Maemoisa_(Sinalepa)_vallavalitsus, lk 50
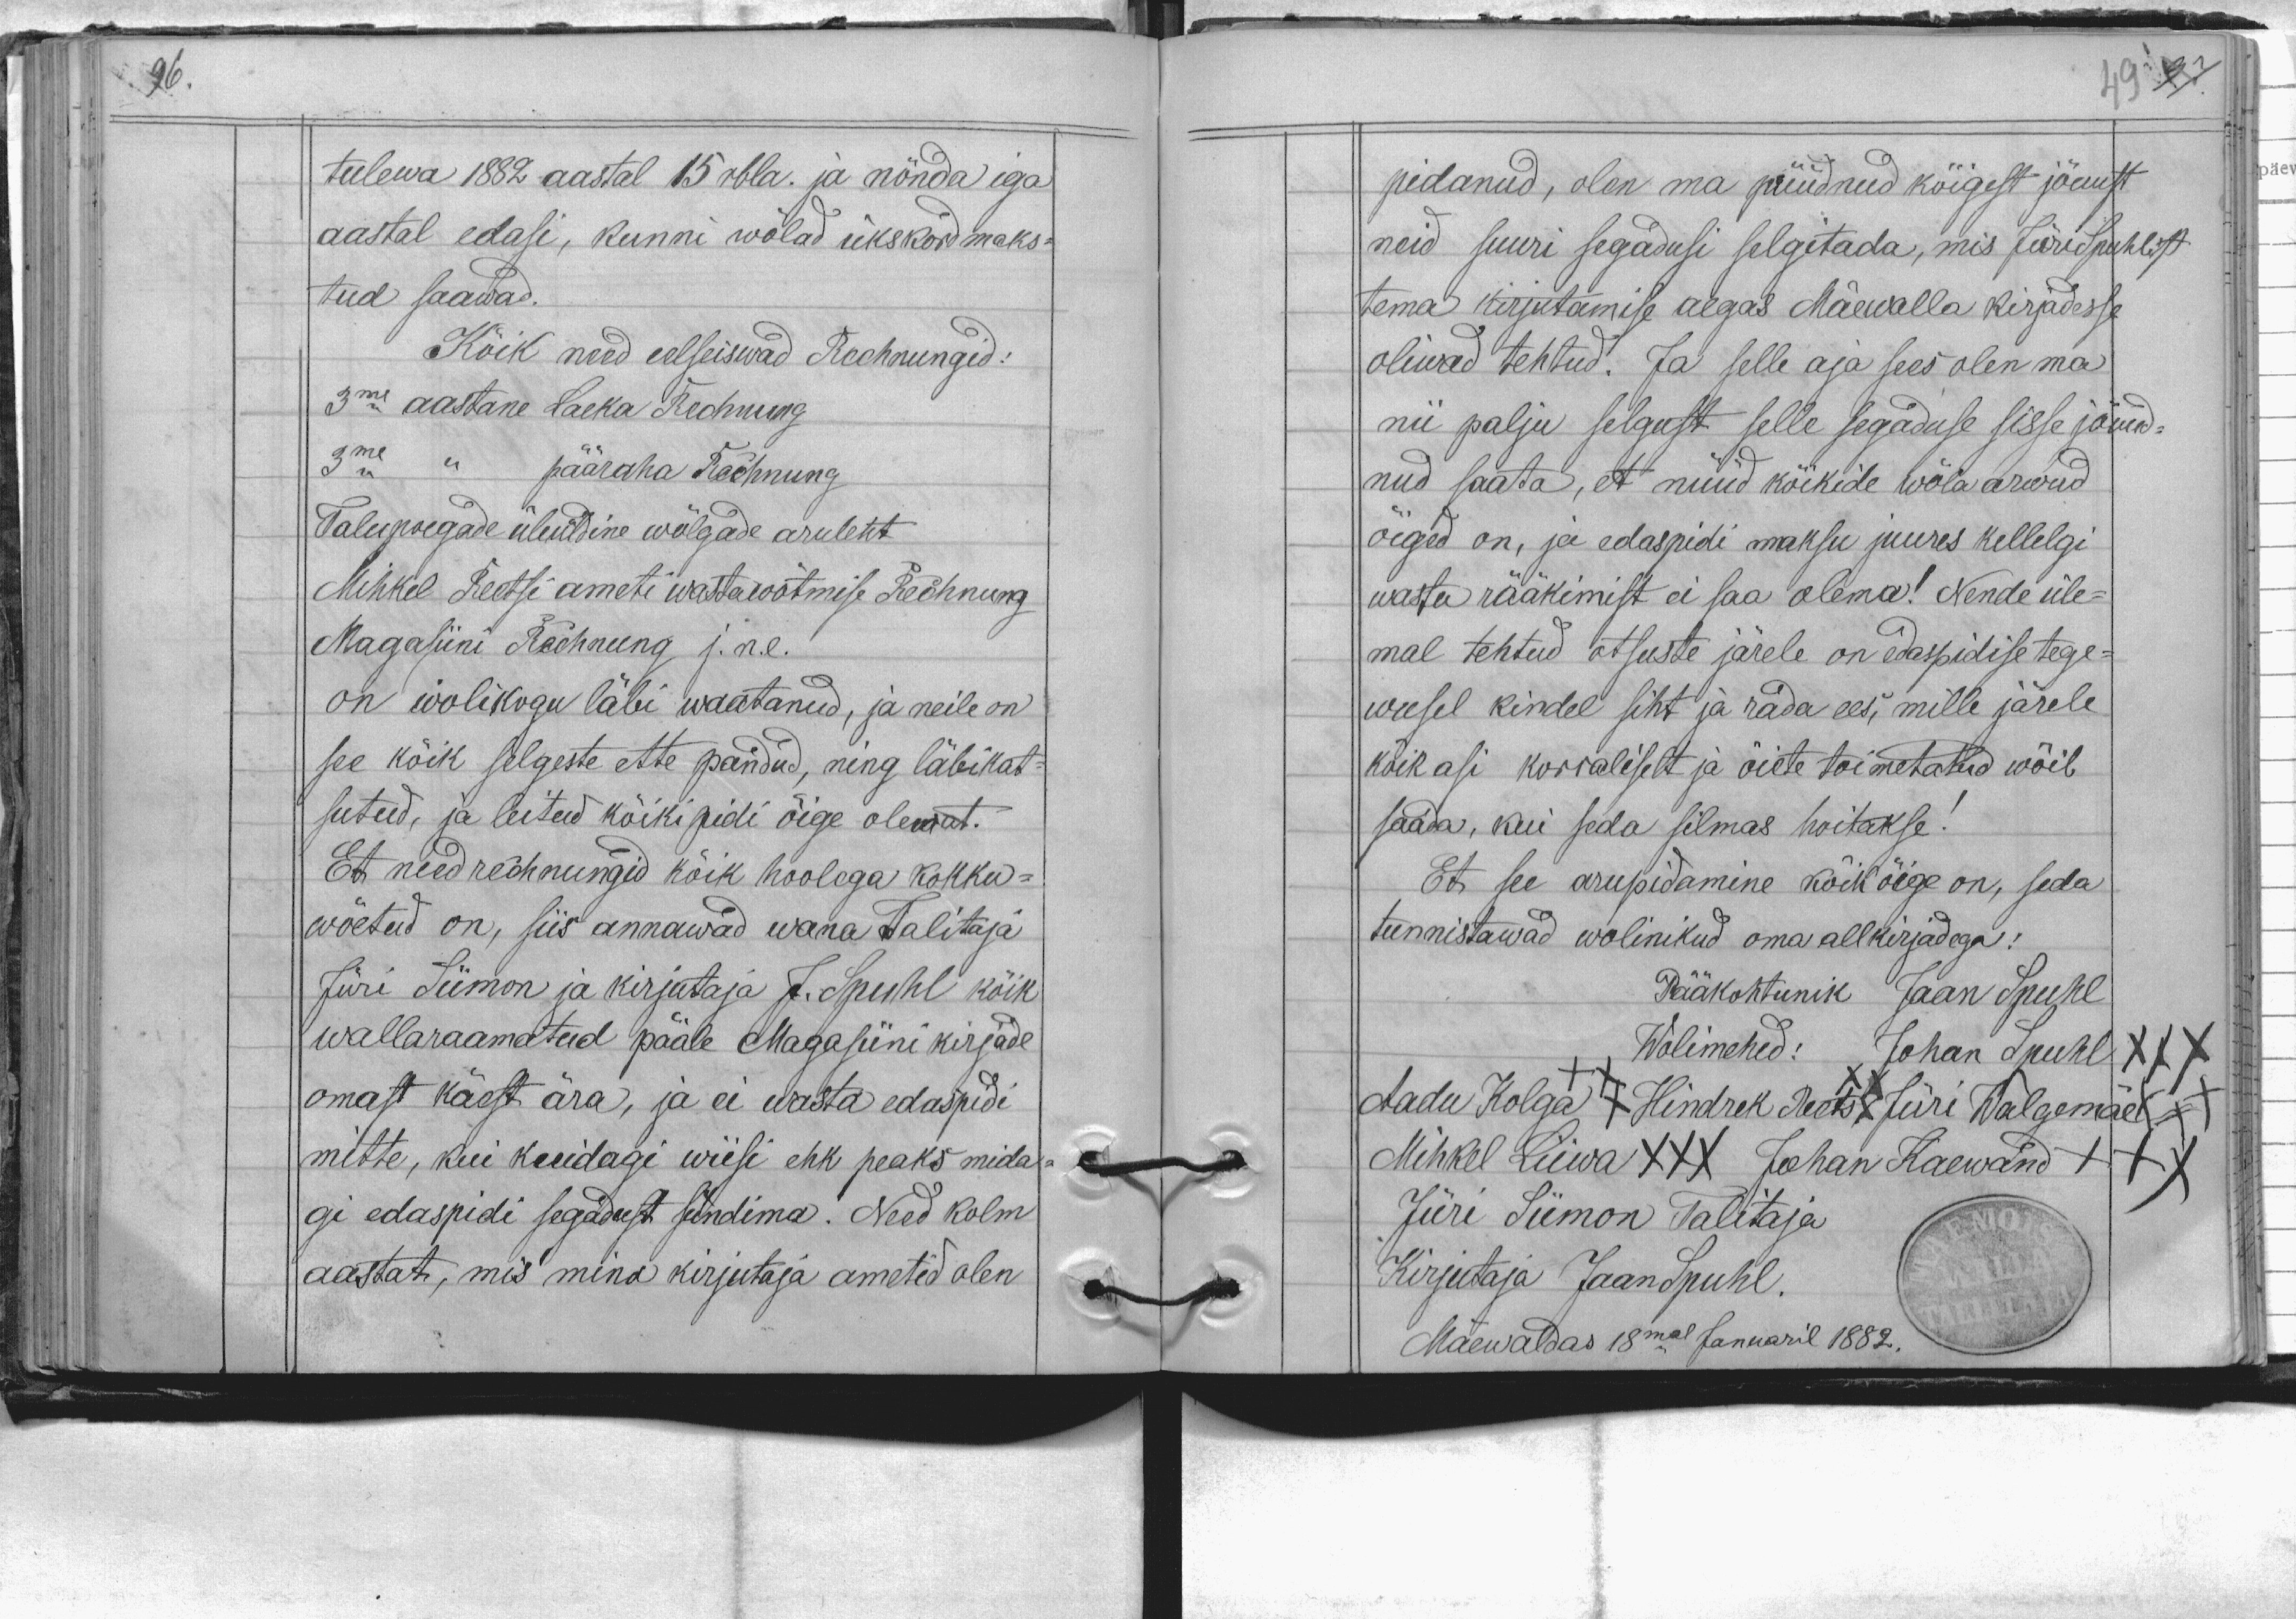
tulewa 1882 aastal 15 rbla. ja nõnda iga
aastal edasi, kunni wõlad ükskord maks-
tud saawad.
Kõik need eelseiswad Rechnungid:
3me aastane Laeka Rechnung
3me " pääraha Rechnung
Talupoegade üleüldine wõlgade aruleht
Mihkel Reetsi ameti wastawõtmise Rechnung
Magasiini Rehnung j.n.e.
on wolikogu läbi waatanud, ja neile on
see kõik selgeste ette pandud, ning läbikat-
sutud, ja leitud kõiki pidi õige olewat.
Et need rechnungid kõik hoolega kokku-
wõetud on, siis annawad wana Talitaja
Jüri Siimon ja kirjutaja J. Spuhl kõik
wallaraamatud pääle Magasiini kirjade
omast käest ära, ja ei wasta edaspidi
mitte, kui kuidagi wiisi ehk peaks mida-
gi edaspidi segadust sündima. Need kolm
aastat, mis mina kirjutaja ametid olen

pidanud, olen ma püüdnud kõigest jõuust
neid suuri segadusi selgitada, mis Jüri Spuhlist
tema kirjutamise aegas Mäewalla kirjadesse
oliwad tehtud. Ja selle aja sees olen ma
nii palju selgust selle segaduse sisse jõuud-
nud saata, et nüüd kõikide wõla arwud
õiged on, ja edaspidi maksu juures kellelgi
wastu rääkimist ei saa olema! Nende üle-
mal tehtud otsuste järele on edaspidise tege-
wusel kindel siht ja rada ees, mille järele
kõik asi korraliselt ja õiete toimetatud wõib
saada, kui seda silmas hoitakse!
Et see arupidamine kõik õige on, seda
tunnistawad wolinikud oma allkirjadega:
Pääkohtunik Jaan Spuhl
Wolimehed: Johan Spuhl XXX
Aadu Kolga XXX Hindrek Reets XXX Jüri Walgemäe XXX
Mihkel Liiwa XXX Johan Kaewand +++
Jüri Siimon Talitaja
Kirjutaja Jaan Spuhl.
Mäewaldas 18mal Januaril 1882.